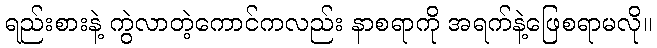
ရည်းစားနဲ့ ကွဲလာတဲ့ကောင်ကလည်း နာစရာကို အရက်နဲ့ဖြေစရာမလို။